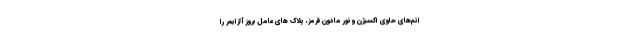
اتم‌های حاوی اکسیژن و نور مادون قرمز، پلاک های عامل بروز آلزایمر را